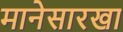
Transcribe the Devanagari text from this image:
मानेसारखा